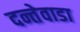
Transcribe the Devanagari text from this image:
दन्तेवाडा